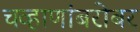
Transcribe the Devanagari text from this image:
चव्हाणांबरोबर